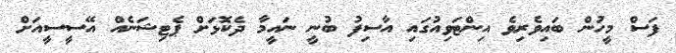
ފަސް މީހުން ބައިވެރިވެ އިންޓަވިއުގައި އާސިފު ބުނީ ނައީމާ ދެކޮޅަށް ޕެޓިޝަނެއް އޭސީސީއަށް